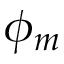
\phi _ { m }